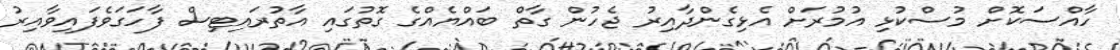
ހާއްސަކޮށް މުސްކުޅި އުމުރަށް އެޅިގެންދާއިރު ޖެހުން ގާތް ބައްޔެއްގެ ގޮތުގައި އާތުރައިޓިސް ފާހަގަވެފައިވާއިރު